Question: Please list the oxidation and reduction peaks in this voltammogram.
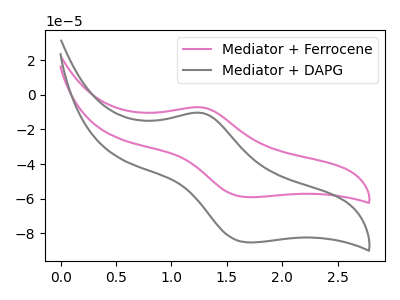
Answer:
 <answer>The pink curve "Mediator + Ferrocene" has an anodic peak at (1.25V, -7.30uA) and a cathodic peak at (1.70V, -59.05uA). The gray curve "Mediator + DAPG" has an anodic peak at (1.25V, -10.50uA) and a cathodic peak at (1.70V, -85.10uA).</answer>
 <eval></eval>